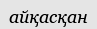
айқасқан